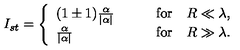
I _ { s t } = \left\{ \begin{array} { l l } { ( 1 \pm 1 ) \frac { \alpha } { | \alpha | } \qquad } & { \mathrm { f o r } \quad R \ll \lambda , } \\ { \frac { \alpha } { | \alpha | } \qquad } & { \mathrm { f o r } \quad R \gg \lambda . } \\ \end{array} \right.